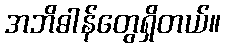
အဘိဓါန်တွေရှိတယ်။